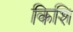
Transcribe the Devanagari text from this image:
किशि